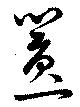
囂